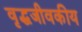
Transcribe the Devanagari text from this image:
वृद्धजीवकीय